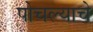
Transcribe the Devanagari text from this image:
पोचल्याचे